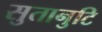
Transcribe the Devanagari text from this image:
सुतानुटि